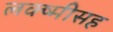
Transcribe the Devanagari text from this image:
लक्ष्मीसह